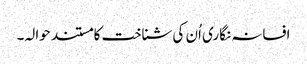
افسانہ نگاری اُن کی شناخت کا مستند حوالہ۔